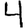
Digit: 4